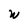
Character: W